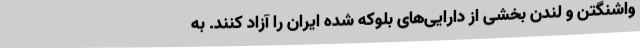
واشنگتن و لندن بخشی از دارایی‌های بلوکه شده ایران را آزاد کنند. به